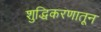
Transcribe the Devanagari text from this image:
शुद्धिकरणातून